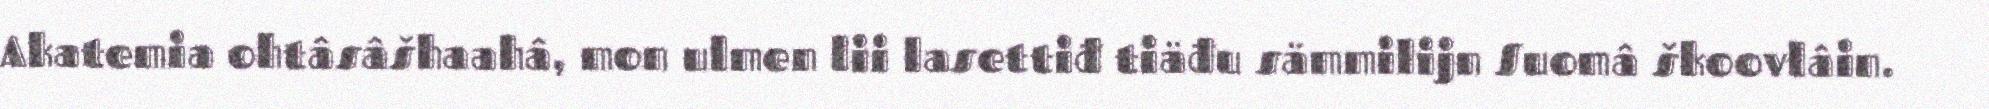
Akatemia ohtâsâšhaahâ, mon ulmen lii lasettiđ tiäđu sämmilijn Suomâ škoovlâin.